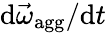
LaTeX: {\mathrm{d}\vec{\omega}_{\mathrm{agg}}/\mathrm{d}t}